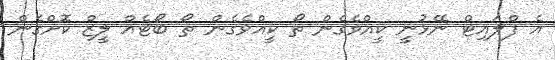
އެ ފްލައިޓް ނޭޅުނީ ކީއްވެގެން ތޯ ކީއްވެގެން ތޯ ބޯޓެއް ލީޒް ކޮށްގެން